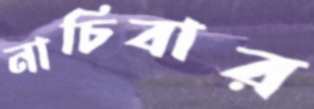
নাচিবার